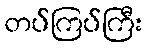
တပ်ကြပ်ကြီး